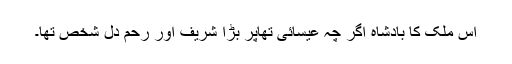
اس ملک کا بادشاہ اگر چہ عیسائی تھاپر بڑا شریف اور رحم دل شخص تھا۔